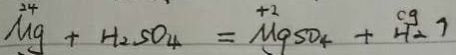
M g + H _ { 2 } S O _ { 4 } = M g S O _ { 4 } + H _ { 2 } \uparrow